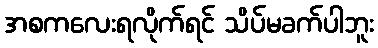
အစကလေးရလိုက်ရင် သိပ်မခက်ပါဘူး